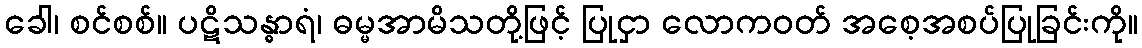
ခေါ၊ စင်စစ်။ ပဋိသန္ဓာရံ၊ ဓမ္မအာမိသတို့ဖြင့် ပြုငှာ လောကဝတ် အစေ့အစပ်ပြုခြင်းကို။